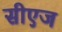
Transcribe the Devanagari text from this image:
सीएज